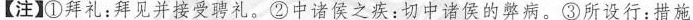
【注】①拜礼：拜见并接受聘礼。②中诸侯之疾：切中诸侯的弊病。③所设行：措施